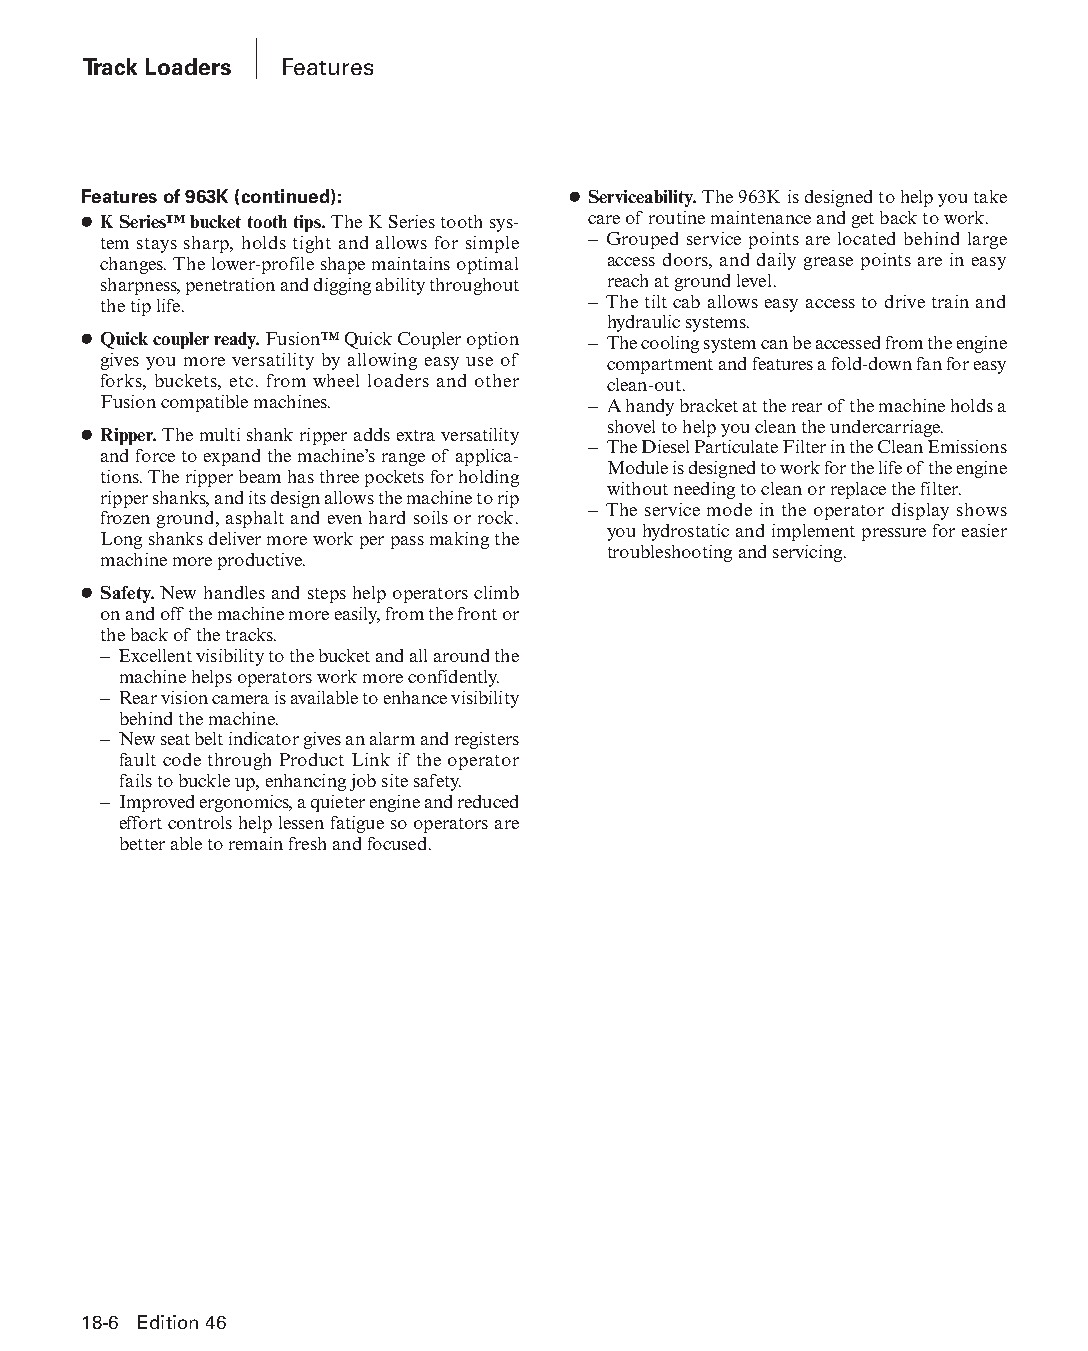
Track Loaders Features
 Features of 963K (continued):   ● Serviceability. The 963K is designed to help you take
 ● K Series™ bucket tooth tips. The K Series tooth sys- care of routine maintenance and get back to work.
 tem stays sharp, holds tight and allows for simple – Grouped service points are located behind large
 changes. The lower-profile shape maintains optimal access doors, and daily grease points are in easy
 sharpness, penetration and digging ability throughout reach at ground level.
 the tip life.                   – The tilt cab allows easy access to drive train and
 hydraulic systems.
 ● Quick coupler ready. Fusion™ Quick Coupler option – The cooling system can be accessed from the engine
 gives you more versatility by allowing easy use of compartment and features a fold-down fan for easy
 forks, buckets, etc. from wheel loaders and other clean-out.
 Fusion compatible machines.     – A handy bracket at the rear of the machine holds a
 shovel to help you clean the undercarriage.
 ● Ripper. The multi shank ripper adds extra versatility
 – The Diesel Particulate Filter in the Clean Emissions
 and force to expand the machine’s range of applica-
 Module is designed to work for the life of the engine
 tions. The ripper beam has three pockets for holding
 without needing to clean or replace the filter.
 ripper shanks, and its design allows the machine to rip
 – The service mode in the operator display shows
 frozen ground, asphalt and even hard soils or rock.
 you hydrostatic and implement pressure for easier
 Long shanks deliver more work per pass making the
 troubleshooting and servicing.
 machine more productive.
 ● Safety. New handles and steps help operators climb
 on and off the machine more easily, from the front or
 the back of the tracks.
 – Excellent visibility to the bucket and all around the
 machine helps operators work more confidently.
 – Rear vision camera is available to enhance visibility
 behind the machine.
 – New seat belt indicator gives an alarm and registers
 fault code through Product Link if the operator
 fails to buckle up, enhancing job site safety.
 – Improved ergonomics, a quieter engine and reduced
 effort controls help lessen fatigue so operators are
 better able to remain fresh and focused.
 18-6 Edition 46
 PPHHBB--SSeecc1188--1166..iinndddd 66                          1122//44//1155 1100::5566 AAMM